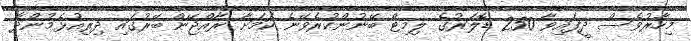
މިހާރުވެސް ދީފައިވާ 250 ޑޮލަރުގެ ލިމިޓް ބޭނުންކުރެވޭނެ ކަމަށާ ރާއްޖޭން ބޭރުގައި ދިރިއުޅެމުންދާ